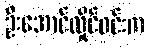
ဦးအောင်လှိုင်ဝင်းက